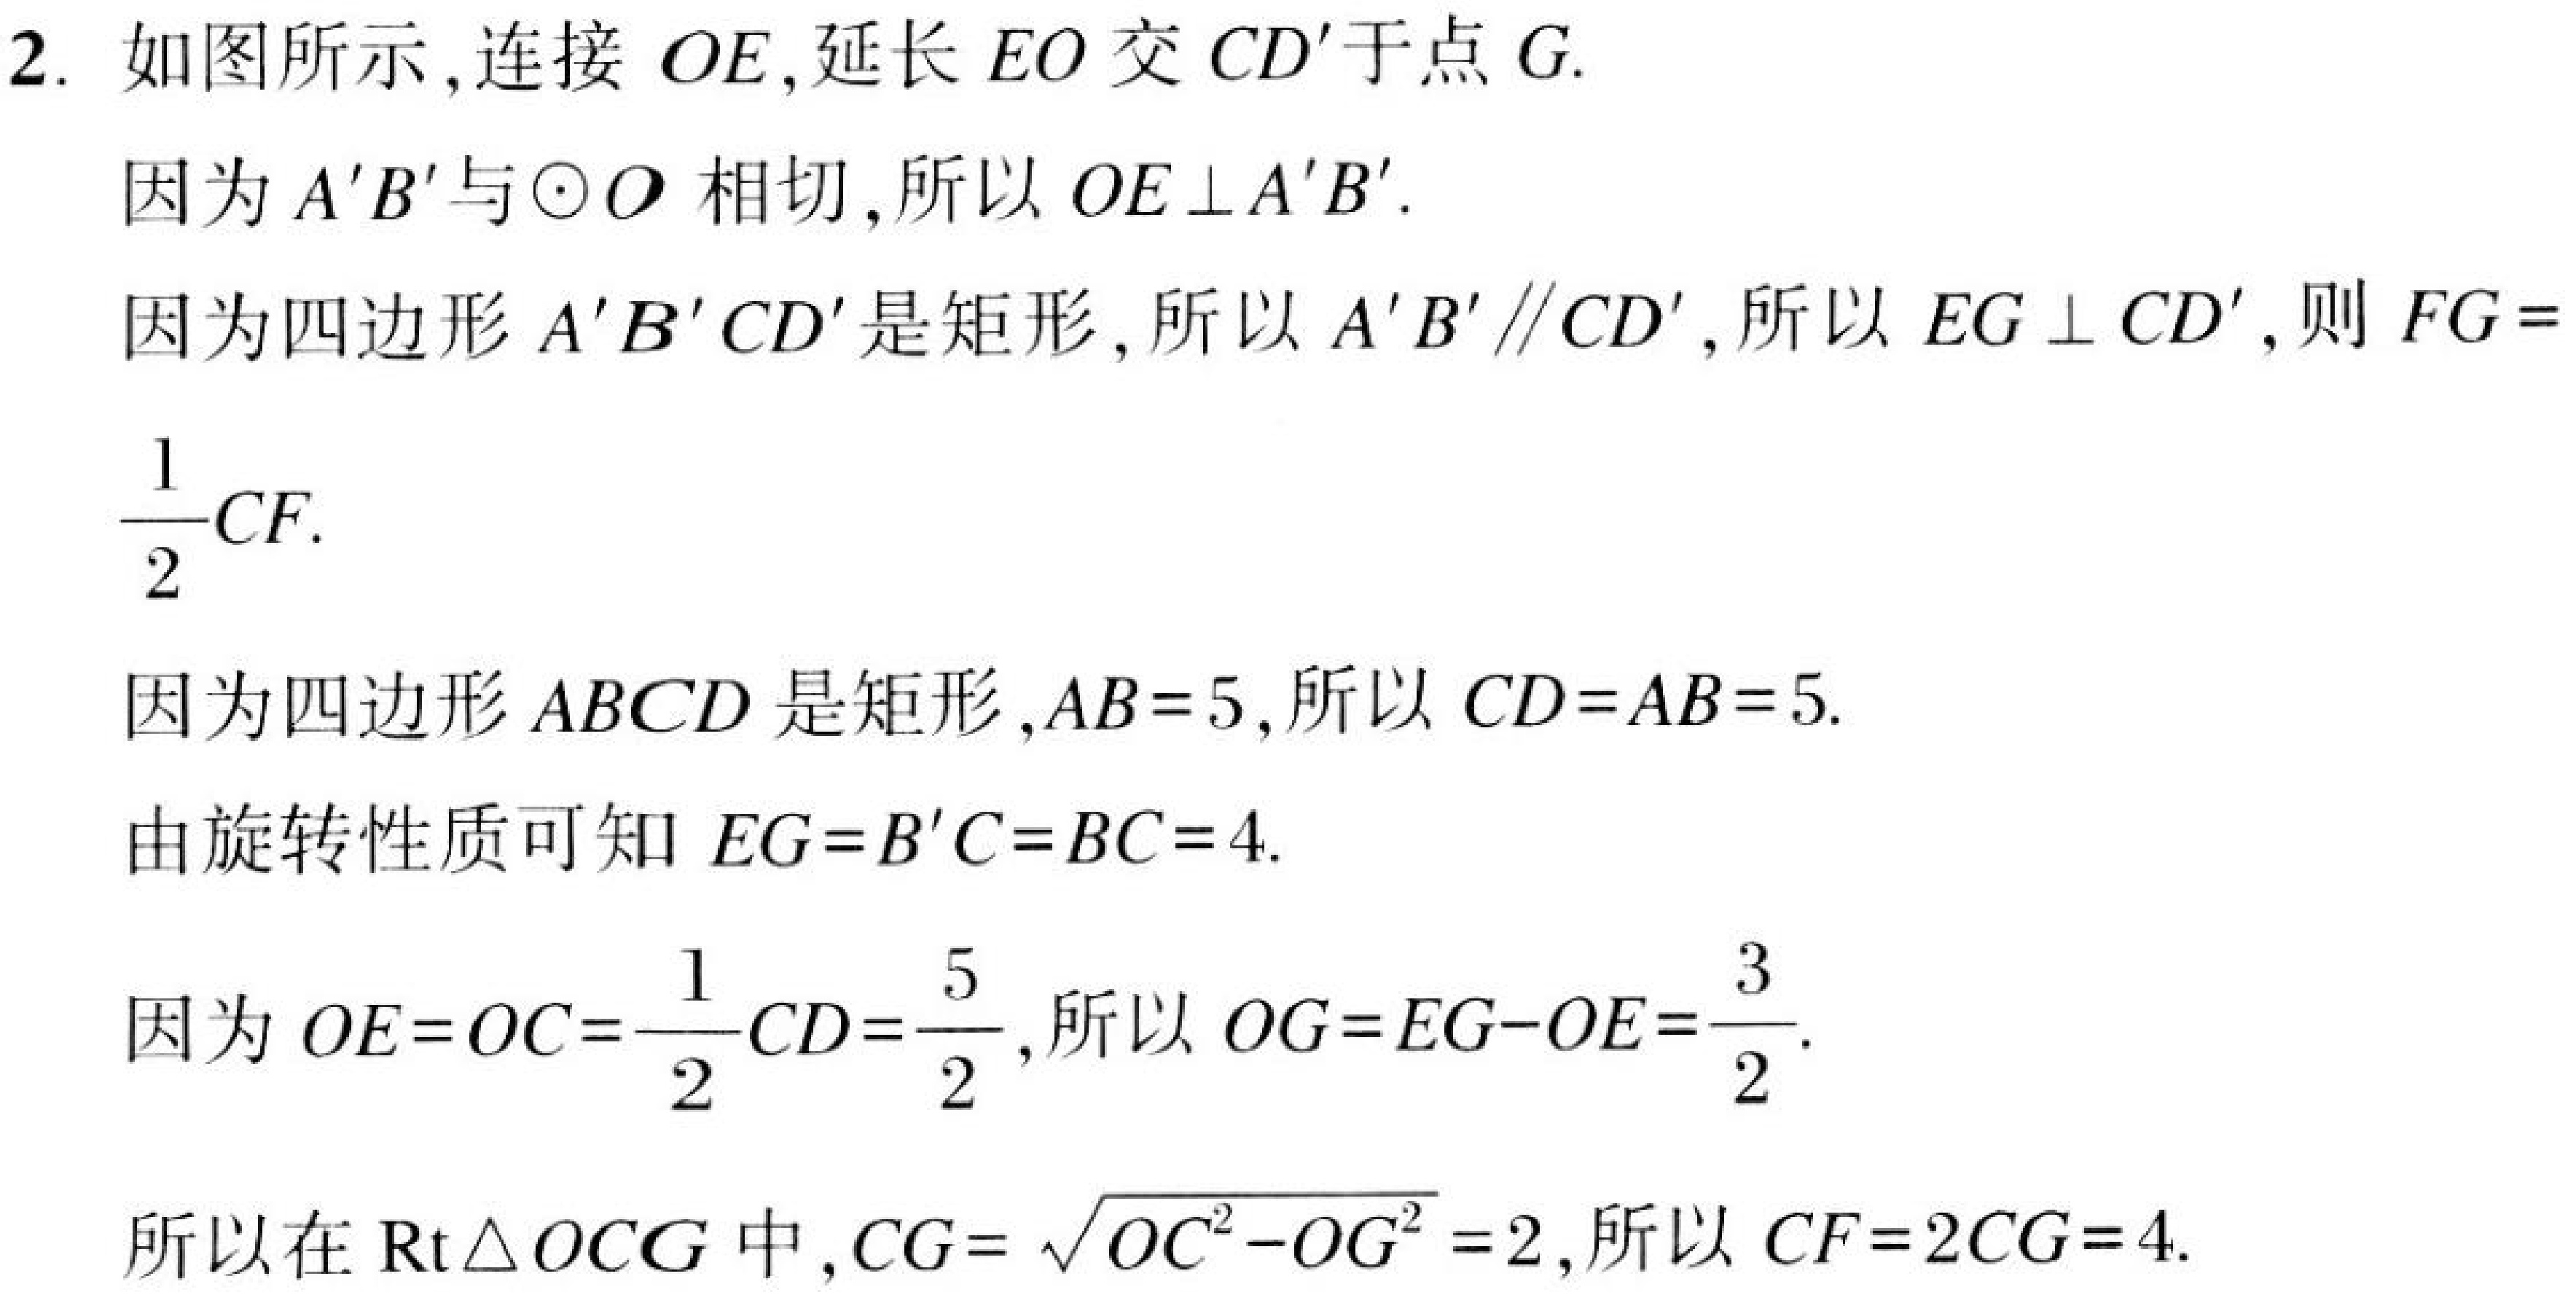
2. 如图所示,连接 \(OE\),延长 \(EO\) 交 \(CD'\)于点 \(G\).
因为 \(A'B'\)与\(\odot O\) 相切,所以 \(OE\perp A'B'\).
因为四边形 \(A'B'CD'\)是矩形,所以 \(A'B'\parallel CD'\),所以 \(EG\perp CD'\),则 \(FG = \frac{1}{2}CF\).
因为四边形 \(ABCD\) 是矩形,\(AB = 5\),所以 \(CD = AB = 5\).
由旋转性质可知 \(EG = B'C = BC = 4\).
因为 \(OE = OC=\frac{1}{2}CD=\frac{5}{2}\),所以 \(OG = EG - OE=\frac{3}{2}\).
所以在 \(\text{Rt}\triangle OCG\) 中,\(CG = \sqrt{OC^{2}-OG^{2}} = 2\),所以 \(CF = 2CG = 4\).